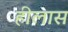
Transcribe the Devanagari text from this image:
हीलास